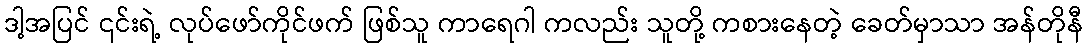
ဒါ့အပြင် ၎င်းရဲ့ လုပ်ဖော်ကိုင်ဖက် ဖြစ်သူ ကာရေဂါ ကလည်း သူတို့ ကစားနေတဲ့ ခေတ်မှာသာ အန်တိုနီ